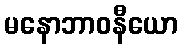
မနောဘာဝနီယော